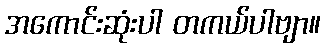
အကောင်းဆုံးပါ တကယ်ပါဗျာ။